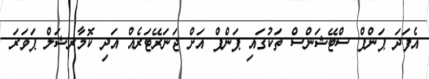
އެފަދަ ޕަންޕް ސްޓޭޝަންސް ތަކުގައި ޕަންޕް އަށް ޖަނަރޭޓަރެއް އަދި ކޮމާރޝަލް ޕަވަރަ